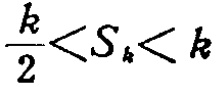
\frac{k}{2}<S_{k}<k